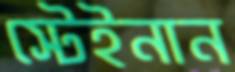
স্টেইনান